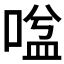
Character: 𭉃